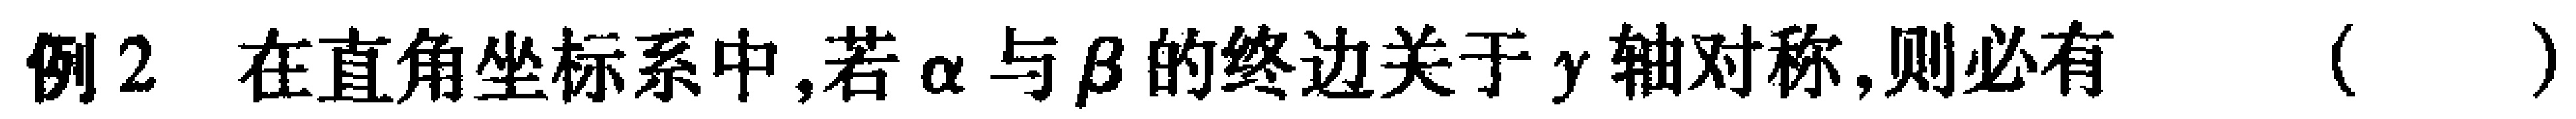
例2 在直角坐标系中,若$\alpha$与$\beta$的终边关于$y$轴对称,则必有（  ）